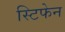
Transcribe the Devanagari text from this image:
स्टिफेन